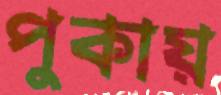
পুকায়